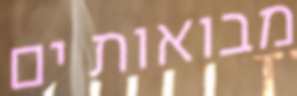
מבואות ים